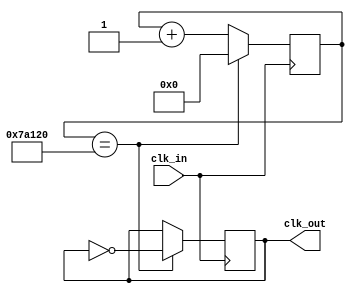
`timescale 1ns / 1ps
//////////////////////////////////////////////////////////////////////////////////
// Company: 
// Engineer: 
// 
// Design Name: 
// Module Name: Slow_Clock
// Project Name: 
// Target Devices: 
// Tool Versions: 
// Description: 
// 
// Dependencies: 
// 
// Revision:
// Revision 0.01 - File Created
// Additional Comments:
// 
//////////////////////////////////////////////////////////////////////////////////


module Slow_Clock(
    input clk_in, // input clock which is 100mhz from Basys 3 board
    output reg clk_out // slow clock at 100hz frequency
    );
    
    reg [20:0] count = 0;
    
    
    always @(posedge clk_in) // whenever the positive edge if clock arrives
    begin
    count<=count+1; //counter goes up by 1 
    if (count==500_000)//once the counter reaches the value of 500,000
    begin
    count<=0;//counter reset itself to zero
    clk_out = ~clk_out;//clock signal should invert
    end
    end
endmodule